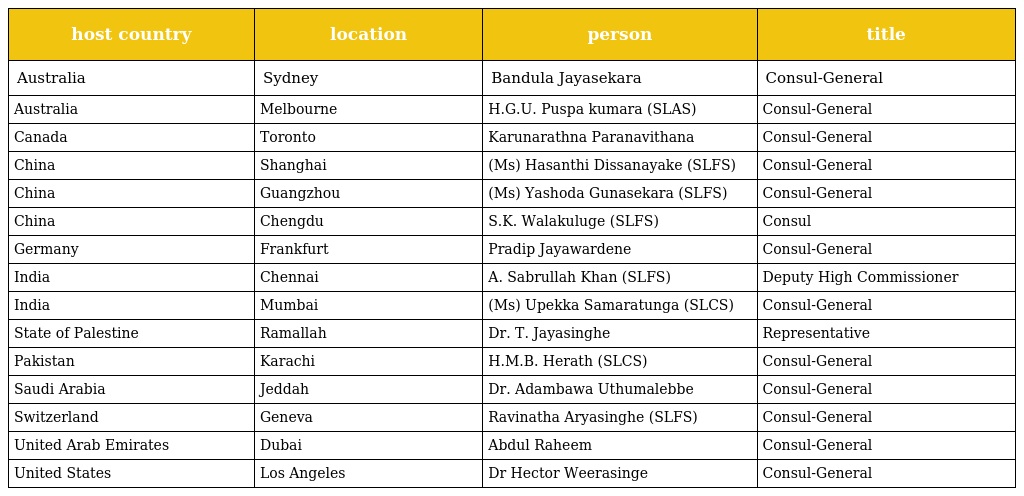
| host country | location | person | title |
 | --- | --- | --- | --- |
 | Australia | Sydney | Bandula Jayasekara | Consul-General |
 | Australia | Melbourne | H.G.U. Puspa kumara (SLAS) | Consul-General |
 | Canada | Toronto | Karunarathna Paranavithana | Consul-General |
 | China | Shanghai | (Ms) Hasanthi Dissanayake (SLFS) | Consul-General |
 | China | Guangzhou | (Ms) Yashoda Gunasekara (SLFS) | Consul-General |
 | China | Chengdu | S.K. Walakuluge (SLFS) | Consul |
 | Germany | Frankfurt | Pradip Jayawardene | Consul-General |
 | India | Chennai | A. Sabrullah Khan (SLFS) | Deputy High Commissioner |
 | India | Mumbai | (Ms) Upekka Samaratunga (SLCS) | Consul-General |
 | State of Palestine | Ramallah | Dr. T. Jayasinghe | Representative |
 | Pakistan | Karachi | H.M.B. Herath (SLCS) | Consul-General |
 | Saudi Arabia | Jeddah | Dr. Adambawa Uthumalebbe | Consul-General |
 | Switzerland | Geneva | Ravinatha Aryasinghe (SLFS) | Consul-General |
 | United Arab Emirates | Dubai | Abdul Raheem | Consul-General |
 | United States | Los Angeles | Dr Hector Weerasinge | Consul-General |